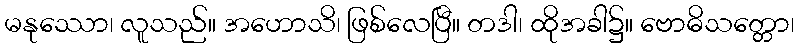
မနုဿော၊ လူသည်။ အဟောသိ၊ ဖြစ်လေပြီ။ တဒါ၊ ထိုအခါ၌။ ဗောဓိသတ္တော၊